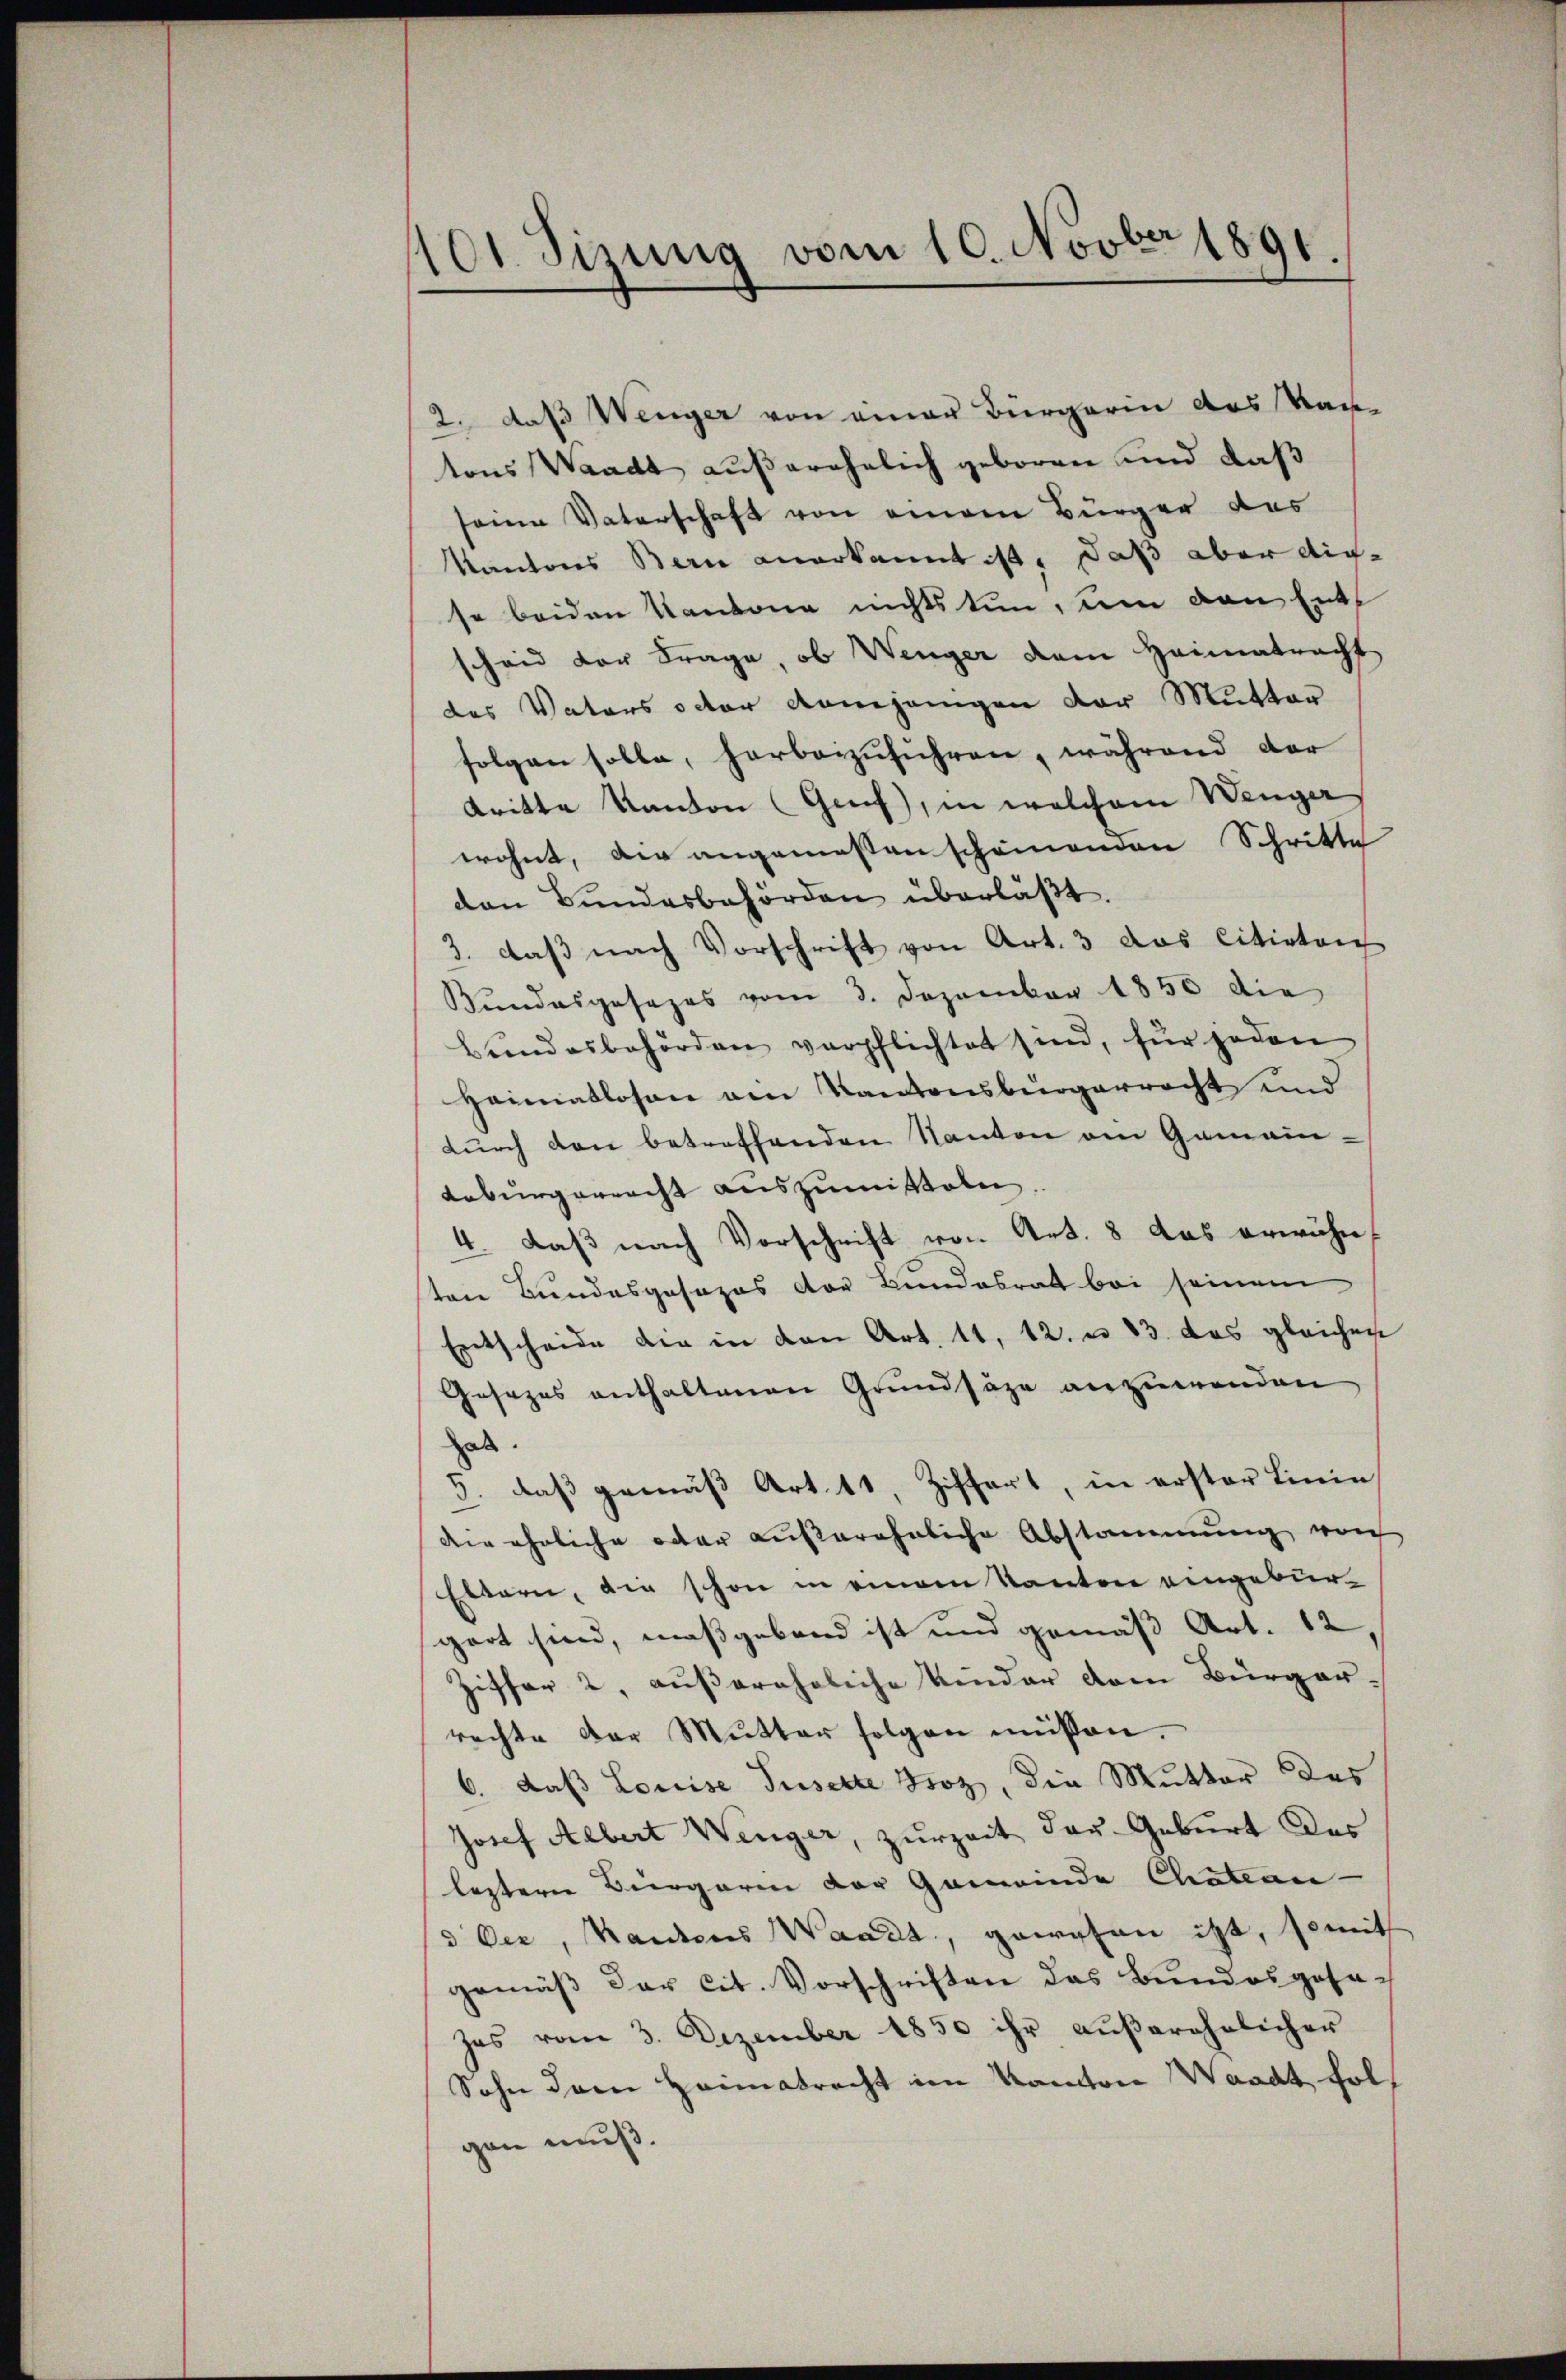
101. Sizung vom 10. Novbr 1891.

2. daß Wenger von einer Bürgerin des Van
tons Waadt außerehelich geboren und daß
seine Vaterschaft von einem Bürger des
Kantons Bern anerkannt ist, daß aber dieso beiden Kantone nichts tun, um den Entscheid der Frage, ob Wenger dem Heimatracht
des Vaters oder Konjungen der Mutter
folgen solle, herbeizuführen, während der
tritte Kanton (Genf), in welchem Wenger
wohnt, die angemessenscheinenden Schritte
den Bundesbehörden überläßt.
3. daβ nach Vorschrift von Art. 3 das Citirten
Bundesgesezes vom 3. Dezember 1850 die
bŭndesbehörden verpflichtet sind, für jeden
Heimatlosen ein Kantonsbürgerracht und
durch den betreffenden Kanton am Gemein-
Anburgerracht auszumitteln
4. daß nach Vorschrift von Art. 8 das erwähnsten Bundesgesezes der Bundesrat bei seinem
Entscheide die in den Art. 11, 12. u. 83 das gleichen
Gesezes enthaltenen Grundsäze anzuwenden
gab.
3. daß gemäß Art. 11, Ziffert, in erster Linie,
die ehrliche oder außerähnliche Abstammung von
Ettern, die schon in einem Kanton eingebürgart sind, maßgebend ist und gemäß Art. 12,
Ziffer 2, außereheliche Kinder dem Bürgerrechte der Mutter folgen müßen.
6. daß Louise Tuselte Froz, die Mutter des
Josef Aebert Wenger, zurzeit der Geburt des
lesteren Bürgerin der Gemeinde Chateau
d Oer, Kantons Waadt, gewesen ist, somit
gemäβ der cit. Vorschriften das Bundesgesezes vom 3. Dezember 1850 ihr aŭβerehelicher
Sohn dem Heimatrecht im Kanton Waadt, folgen muß.